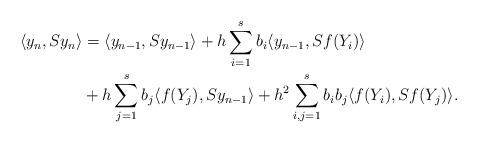
LaTeX: \begin{align*}\langle y_{n},S y_{n}\rangle &=\langle y_{n-1},S y_{n-1}\rangle +h\displaystyle \sum_{i=1}^{s}b_{i}\langle y_{n-1},S f(Y_{i})\rangle \\&+h\displaystyle \sum_{j=1}^{s}b_{j}\langle f(Y_{j}),S y_{n-1}\rangle+h^{2}\displaystyle \sum_{i,j=1}^{s}b_{i}b_{j}\langle f(Y_{i}),S f(Y_{j})\rangle.\end{align*}